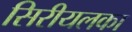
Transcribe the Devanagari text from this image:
सिरीयलका